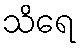
သိရေ